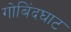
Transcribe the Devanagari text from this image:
गोबिंदघाट